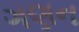
ગણન